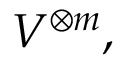
V ^ { \otimes m } ,